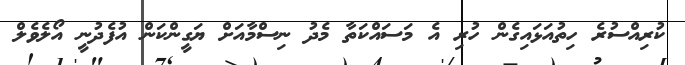
ކުރިއްސުރެ ހިތުއަޅައިގެން ހުރި އެ މަސައްކަތާ މެދު ނިސްމާއަށް ޔަގީންކަން އުފެދުނީ އޯލެވެލް